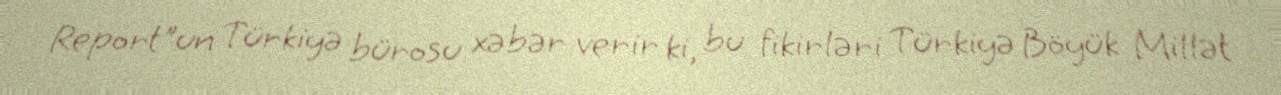
Report"un Türkiyə bürosu xəbər verir ki, bu fikirləri Türkiyə Böyük Millət